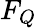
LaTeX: F_{Q}